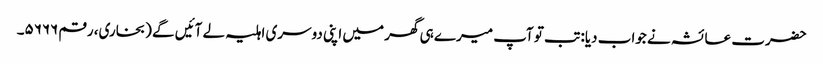
حضرت عائشہ نے جواب دیا: تب تو آپ میرے ہی گھر میں اپنی دوسری اہلیہ لے آئیں گے (بخاری، رقم ۵۶۶۶۔